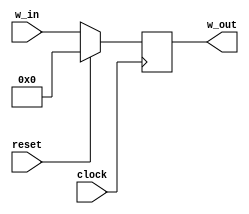
module register_sync #(parameter WIDTH = 32)
(
    clock,
    reset,
    w_in,
    w_out
);
input wire clock, reset;
input wire[WIDTH-1:0] w_in;
output reg[WIDTH-1:0] w_out;
always @(posedge clock) begin
    if(reset)
        w_out <= 32'h0;
    else
        w_out <= w_in;
end
endmodule

module pc_register #(parameter WIDTH = 32)
(
    clock,
    reset,
    w_in,
    w_out
);
input wire clock, reset;
input wire[WIDTH-1:0] w_in;
output reg[WIDTH-1:0] w_out;
always @(posedge clock) begin
    if(reset)
        w_out <= 32'h80020000;
    else
    begin
        w_out <= w_in;
    end
    //$display("Register: PC_out:%h, PC_in:%h", w_out, w_in);
end
endmodule